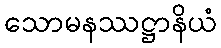
သောမနဿဋ္ဌာနိယံ